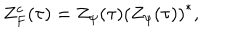
Z _ { F } ^ { c } ( \tau ) = Z _ { \psi } ( \tau ) \left( Z _ { \psi } ( \tau ) \right) ^ { * } ,